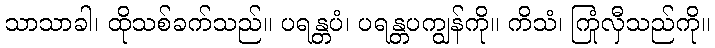
သာသာခါ၊ ထိုသစ်ခက်သည်။ ပရန္တပံ၊ ပရန္တပကျွန်ကို။ ကိသံ၊ ကြုံလှီသည်ကို။